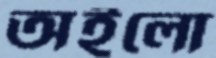
অইলো